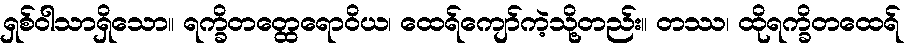
ရှစ်ဝါသာရှိသော။ ရက္ခိတတ္ထေရောဝိယ၊ ထေရ်ကျော်ကဲ့သို့တည်း။ တဿ၊ ထိုရက္ခိတထေရ်